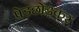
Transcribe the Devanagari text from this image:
पेड़छोड़कर